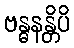
ဗန္ဓနန္တိပိ